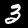
Digit: 3